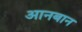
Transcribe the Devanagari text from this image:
आनबान